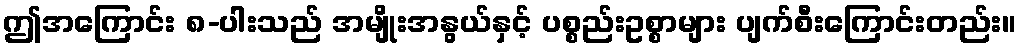
ဤအကြောင်း ၈-ပါးသည် အမျိုးအနွယ်နှင့် ပစ္စည်းဥစ္စာများ ပျက်စီးကြောင်းတည်း။